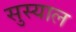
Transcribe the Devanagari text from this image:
सुस्याल